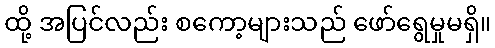
ထို့ အပြင်လည်း စကော့များသည် ဖော်ရွေမှုမရှိ။